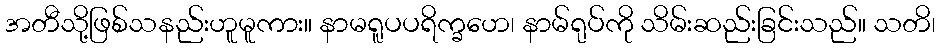
အတီသို့ဖြစ်သနည်းဟူမူကား။ နာမရူပပရိက္ခဟေ၊ နာမ်ရုပ်ကို သိမ်းဆည်းခြင်းသည်။ သတိ၊